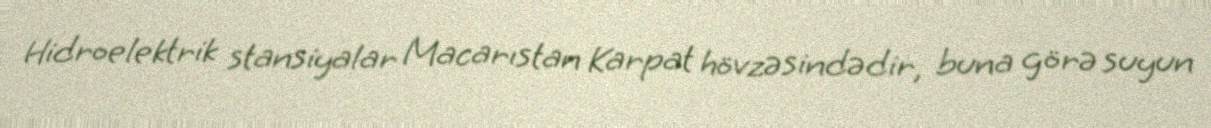
Hidroelektrik stansiyalar Macarıstan Karpat hövzəsindədir, buna görə suyun